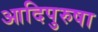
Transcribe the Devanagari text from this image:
आदिपुरुषा